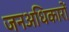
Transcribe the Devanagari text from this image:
जनअधिकारों